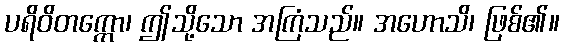
ပရိဝိတက္ကော၊ ဤသို့သော အကြံသည်။ အဟောသိ၊ ဖြစ်၏။